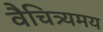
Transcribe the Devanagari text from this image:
वैचित्र्यमय